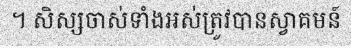
។ សិស្សចាស់ទាំងអស់ត្រូវបានស្វាគមន៍